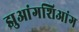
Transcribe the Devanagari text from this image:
झुआंगशिआंग